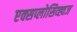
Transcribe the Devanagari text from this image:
एक्सप्लोसिव्ह्वज